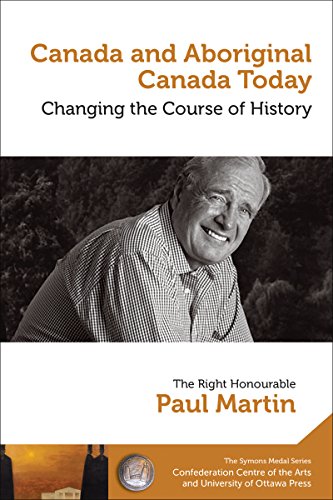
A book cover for Canada and Aboriginal Canada Today - Le Canada Et Le Canada Autochtone Aujourd'hui: Changing the Course of History - Changer Le Cours de L'Histoire (Symons Medal Series/Causerie de La Medaille Symons); Paul Martin; Law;